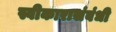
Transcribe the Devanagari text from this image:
स्वीकारासंबंधी